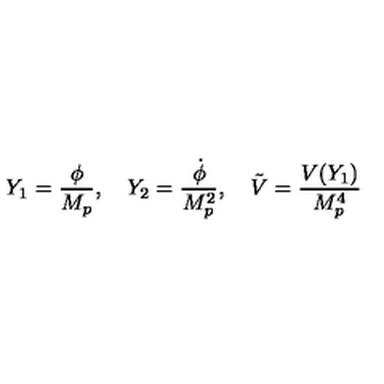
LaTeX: Y _ { 1 } = { \frac { \phi } { M _ { p } } } , \quad Y _ { 2 } = { \frac { \dot { \phi } } { M _ { p } ^ { 2 } } } , \quad \tilde { V } = { \frac { V ( Y _ { 1 } ) } { M _ { p } ^ { 4 } } }